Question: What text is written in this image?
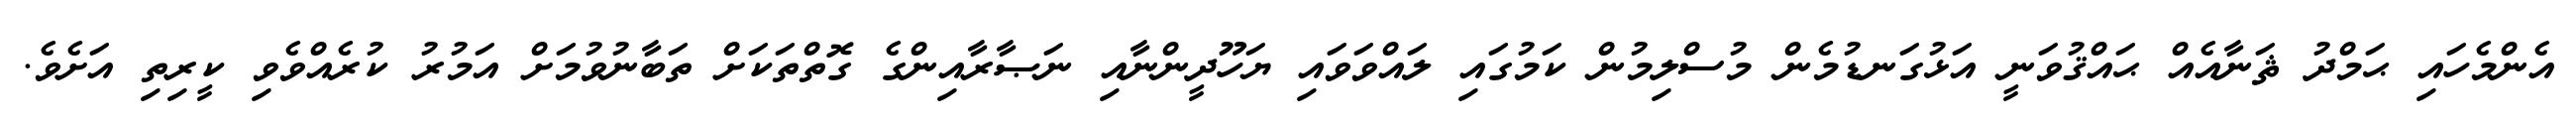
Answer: އެންމެހައި ޙަމްދު ޘަނާއެއް ޙައްޤުވަނީ އަޅުގަނޑުމެން މުސްލިމުން ކަމުގައި ލައްވަވައި ޔަހޫދީންނާއި ނަޞާރާއިންގެ ގޮތްތަކަށް ތަބާނުވުމަށް އަމުރު ކުރެއްވެވި ކީރިތި އަށެވެ.